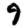
Digit: 9